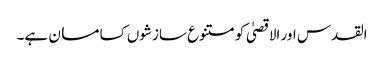
القدس اور الاقصیٰ کو متنوع سازشوں کسا مسان ہے۔